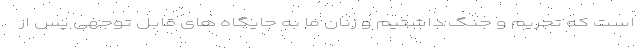
است که تحریم و جنگ داشتیم و زنان ما به جایگاه های قابل توجهی پس از